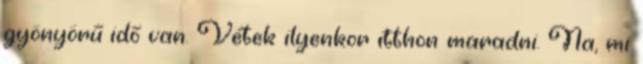
gyönyörű idő van. Vétek ilyenkor itthon maradni. Na, mi